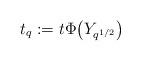
LaTeX: \begin{align*} t_q := t \Phi \big( Y_{q^{1/2}} \big) \end{align*}